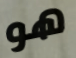
هو